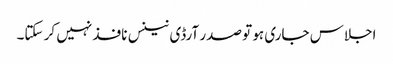
اجلاس جاری ہو تو صدر آرڈی نینس نافذ نہیں کر سکتا۔